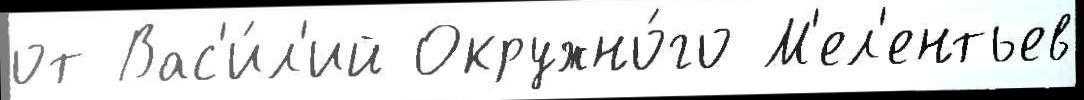
от Вас'и́л'ий Окружно́го М'ел'ентьев